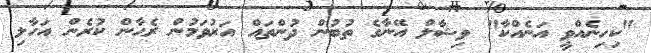
"ކިހިނެއްވީ އަނެއްކާ" ވިޝާލް އޭނާގެ ތުބުން ދުންތައް އަރުވަމުން ރެޙާން ކުރެން އަހާލި